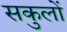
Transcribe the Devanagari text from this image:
सकुलों